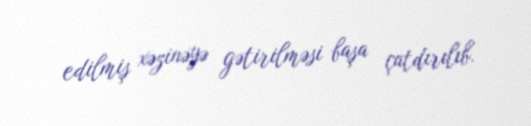
edilmiş xəzinəyə gətirilməsi başa çatdırılıb.